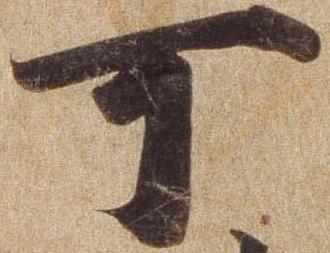
可